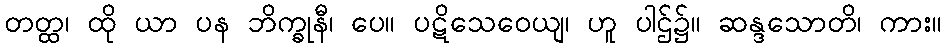
တတ္ထ၊ ထို ယာ ပန ဘိက္ခုနီ၊ ပေ။ ပဋိသေဝေယျ၊ ဟူ ပါဌ်၌။ ဆန္ဒသောတိ၊ ကား။